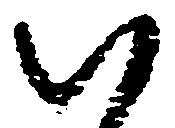
八